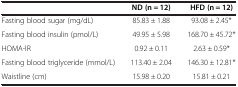
|  | ND (n = 12) | HFD (n = 12) |
 | --- | --- | --- |
 | Fasting blood sugar (mg/dL) | 85.83 ± 1.88 | 93.08 ± 2.45* |
 | Fasting blood insulin (pmol/L) | 49.95 ± 5.98 | 168.70 ± 45.72* |
 | HOMA-IR | 0.92 ± 0.11 | 2.63 ± 0.59* |
 | Fasting blood triglyceride (mmol/L) | 113.40 ± 2.04 | 146.30 ± 12.81* |
 | Waistline (cm) | 15.98 ± 0.20 | 15.81 ± 0.21 |